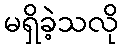
မရှိခဲ့သလို